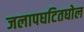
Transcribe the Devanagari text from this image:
जलापघटितघोल